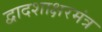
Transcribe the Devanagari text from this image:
द्वादशाक्षरमंत्र